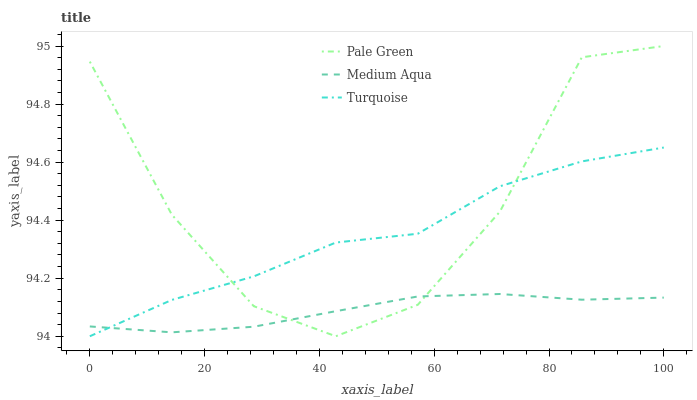
| xaxis_label | Pale Green | Medium Aqua | Turquoise |
 | --- | --- | --- | --- |
 | 0 | 94.9 | 94 | 94 |
 | 14.3 | 94.4 | 94 | 94.1 |
 | 28.6 | 94.1 | 94 | 94.2 |
 | 42.9 | 94 | 94.1 | 94.3 |
 | 57.1 | 94.1 | 94.1 | 94.4 |
 | 71.4 | 94.4 | 94.1 | 94.5 |
 | 85.7 | 95 | 94.1 | 94.6 |
 | 100 | 95 | 94.1 | 94.7 |